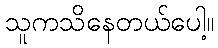
သူကသိနေတယ်ပေါ့။